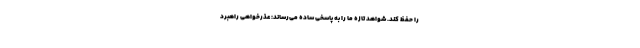
را حفظ کند. شواهدِ تازه ما را به پاسخی ساده می‌رساند: عذر‌خواهی راهبرد